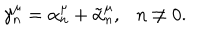
LaTeX: \gamma _ { n } ^ { \mu } = \alpha _ { n } ^ { \mu } + \tilde { \alpha } _ { n } ^ { \mu } , n \neq 0 .